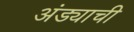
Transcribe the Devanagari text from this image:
अंड्याची